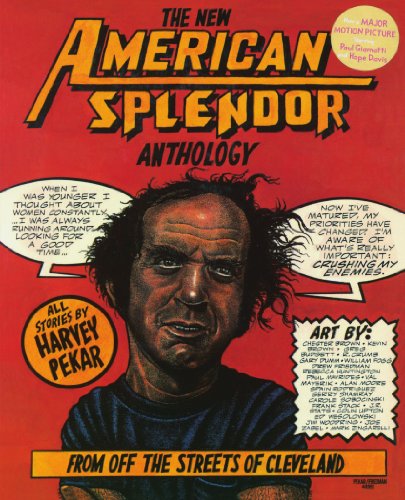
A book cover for The New American Splendor Anthology: From Off the Streets of Cleveland; Harvey Pekar; Comics & Graphic Novels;